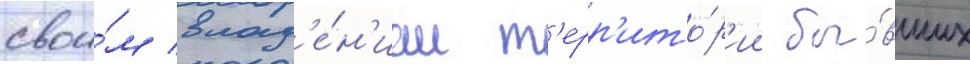
свои́м влад'е́н'иам т'ерр'ито́р'ии бы́вших